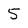
Character: 5